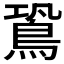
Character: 𪀛